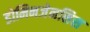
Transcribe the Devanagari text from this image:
डोमिनजेनसिस